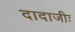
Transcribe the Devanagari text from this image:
दादाजीः